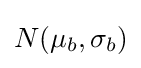
N(\mu _{b},\sigma _{b})